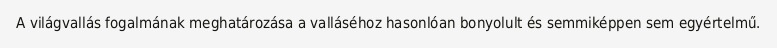
A világvallás fogalmának meghatározása a valláséhoz hasonlóan bonyolult és semmiképpen sem egyértelmű.